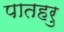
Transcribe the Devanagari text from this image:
पातहरु